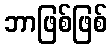
ဘာဖြစ်ဖြစ်